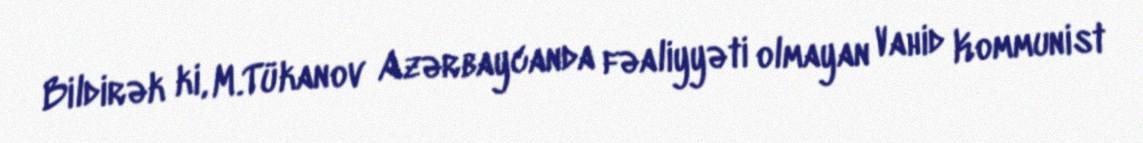
Bildirək ki, M.Tükanov Azərbaycanda fəaliyyəti olmayan Vahid Kommunist